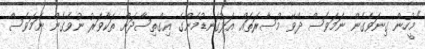
"މީހުން ގިނަވެގެން ނަމަވެސް ދެވޭ މުސާރަތައް އަޅުގަނޑުމެންގެ އިގްތިސާދަށް ތަކާވަރު ނުވެގެން ނަމަވެސް